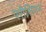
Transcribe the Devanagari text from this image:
परीसिमन